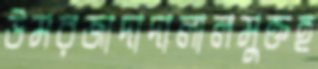
উমরজাদাদালালমুক্তহ